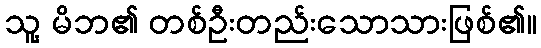
သူ့ မိဘ၏ တစ်ဦးတည်းသောသားဖြစ်၏။